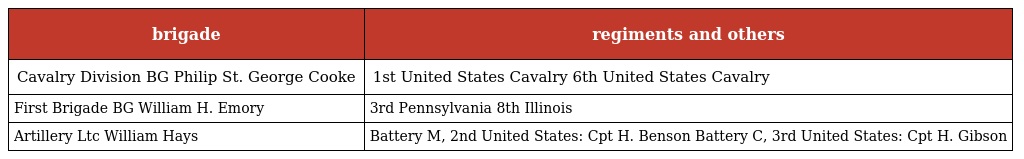
| brigade | regiments and others |
 | --- | --- |
 | Cavalry Division BG Philip St. George Cooke | 1st United States Cavalry 6th United States Cavalry |
 | First Brigade BG William H. Emory | 3rd Pennsylvania 8th Illinois |
 | Artillery Ltc William Hays | Battery M, 2nd United States: Cpt H. Benson Battery C, 3rd United States: Cpt H. Gibson |